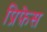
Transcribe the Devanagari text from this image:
प्रिफ़ेस